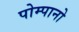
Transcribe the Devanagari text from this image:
पोम्पानो